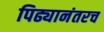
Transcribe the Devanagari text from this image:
पिढ्यानंतरच